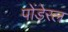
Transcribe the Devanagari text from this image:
पोंडेरल